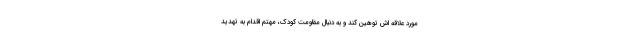
مورد علاقه اش توهین کند و به دنبال مقاومت کودک، مهتم اقدام به تهدید